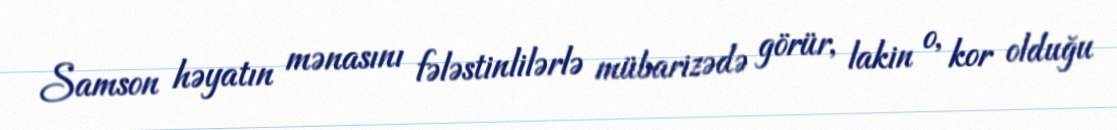
Samson həyatın mənasını fələstinlilərlə mübarizədə görür, lakin o, kor olduğu